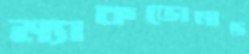
ম্যাকডোনান্ড